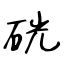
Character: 硄